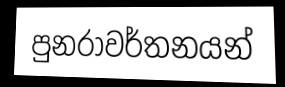
පුනරාවර්තනයන්